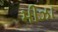
મીઝા